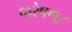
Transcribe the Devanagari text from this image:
पारेषण।